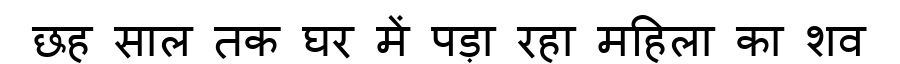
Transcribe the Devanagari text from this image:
छह साल तक घर में पड़ा रहा महिला का शव